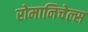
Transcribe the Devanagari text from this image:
रोमानिचेल्स